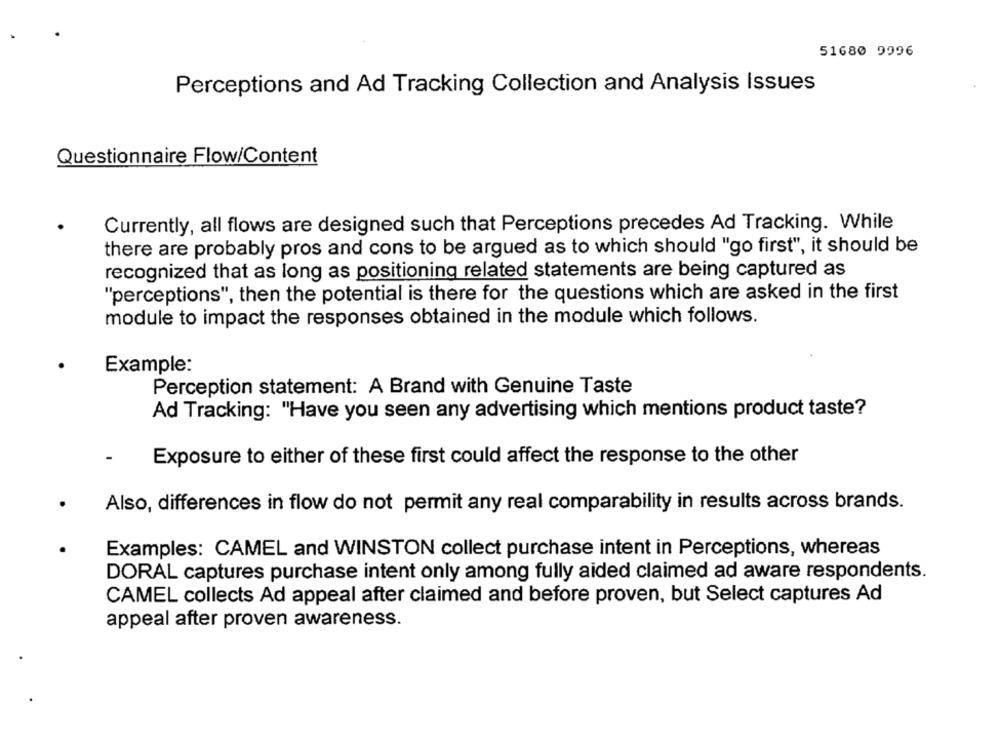
51680 9996
Perceptions and Ad Tracking Collection and Analysis Issues
Questionnaire Flow/Content
Currently, all flows are designed such that Perceptions precedes Ad Tracking. While
there are probably pros and cons to be argued as to which should "go first", it should be
recognized that as long as positioning related statements are being captured as
"perceptions", then the potential is there for the questions which are asked in the first
module to impact the responses obtained in the module which follows.
Example:
Perception statement: A Brand with Genuine Taste
Ad Tracking: "Have you seen any advertising which mentions product taste?
Exposure to either of these first could affect the response to the other
Also, differences in flow do not permit any real comparability in results across brands.
Examples: CAMEL and WINSTON collect purchase intent in Perceptions, whereas
DORAL captures purchase intent only among fully aided claimed ad aware respondents.
CAMEL collects Ad appeal after claimed and before proven, but Select captures Ad
appeal after proven awareness.